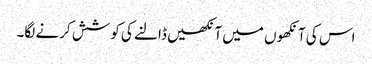
اس کی آنکھوں میں آنکھیں ڈالنے کی کوشش کرنے لگا۔